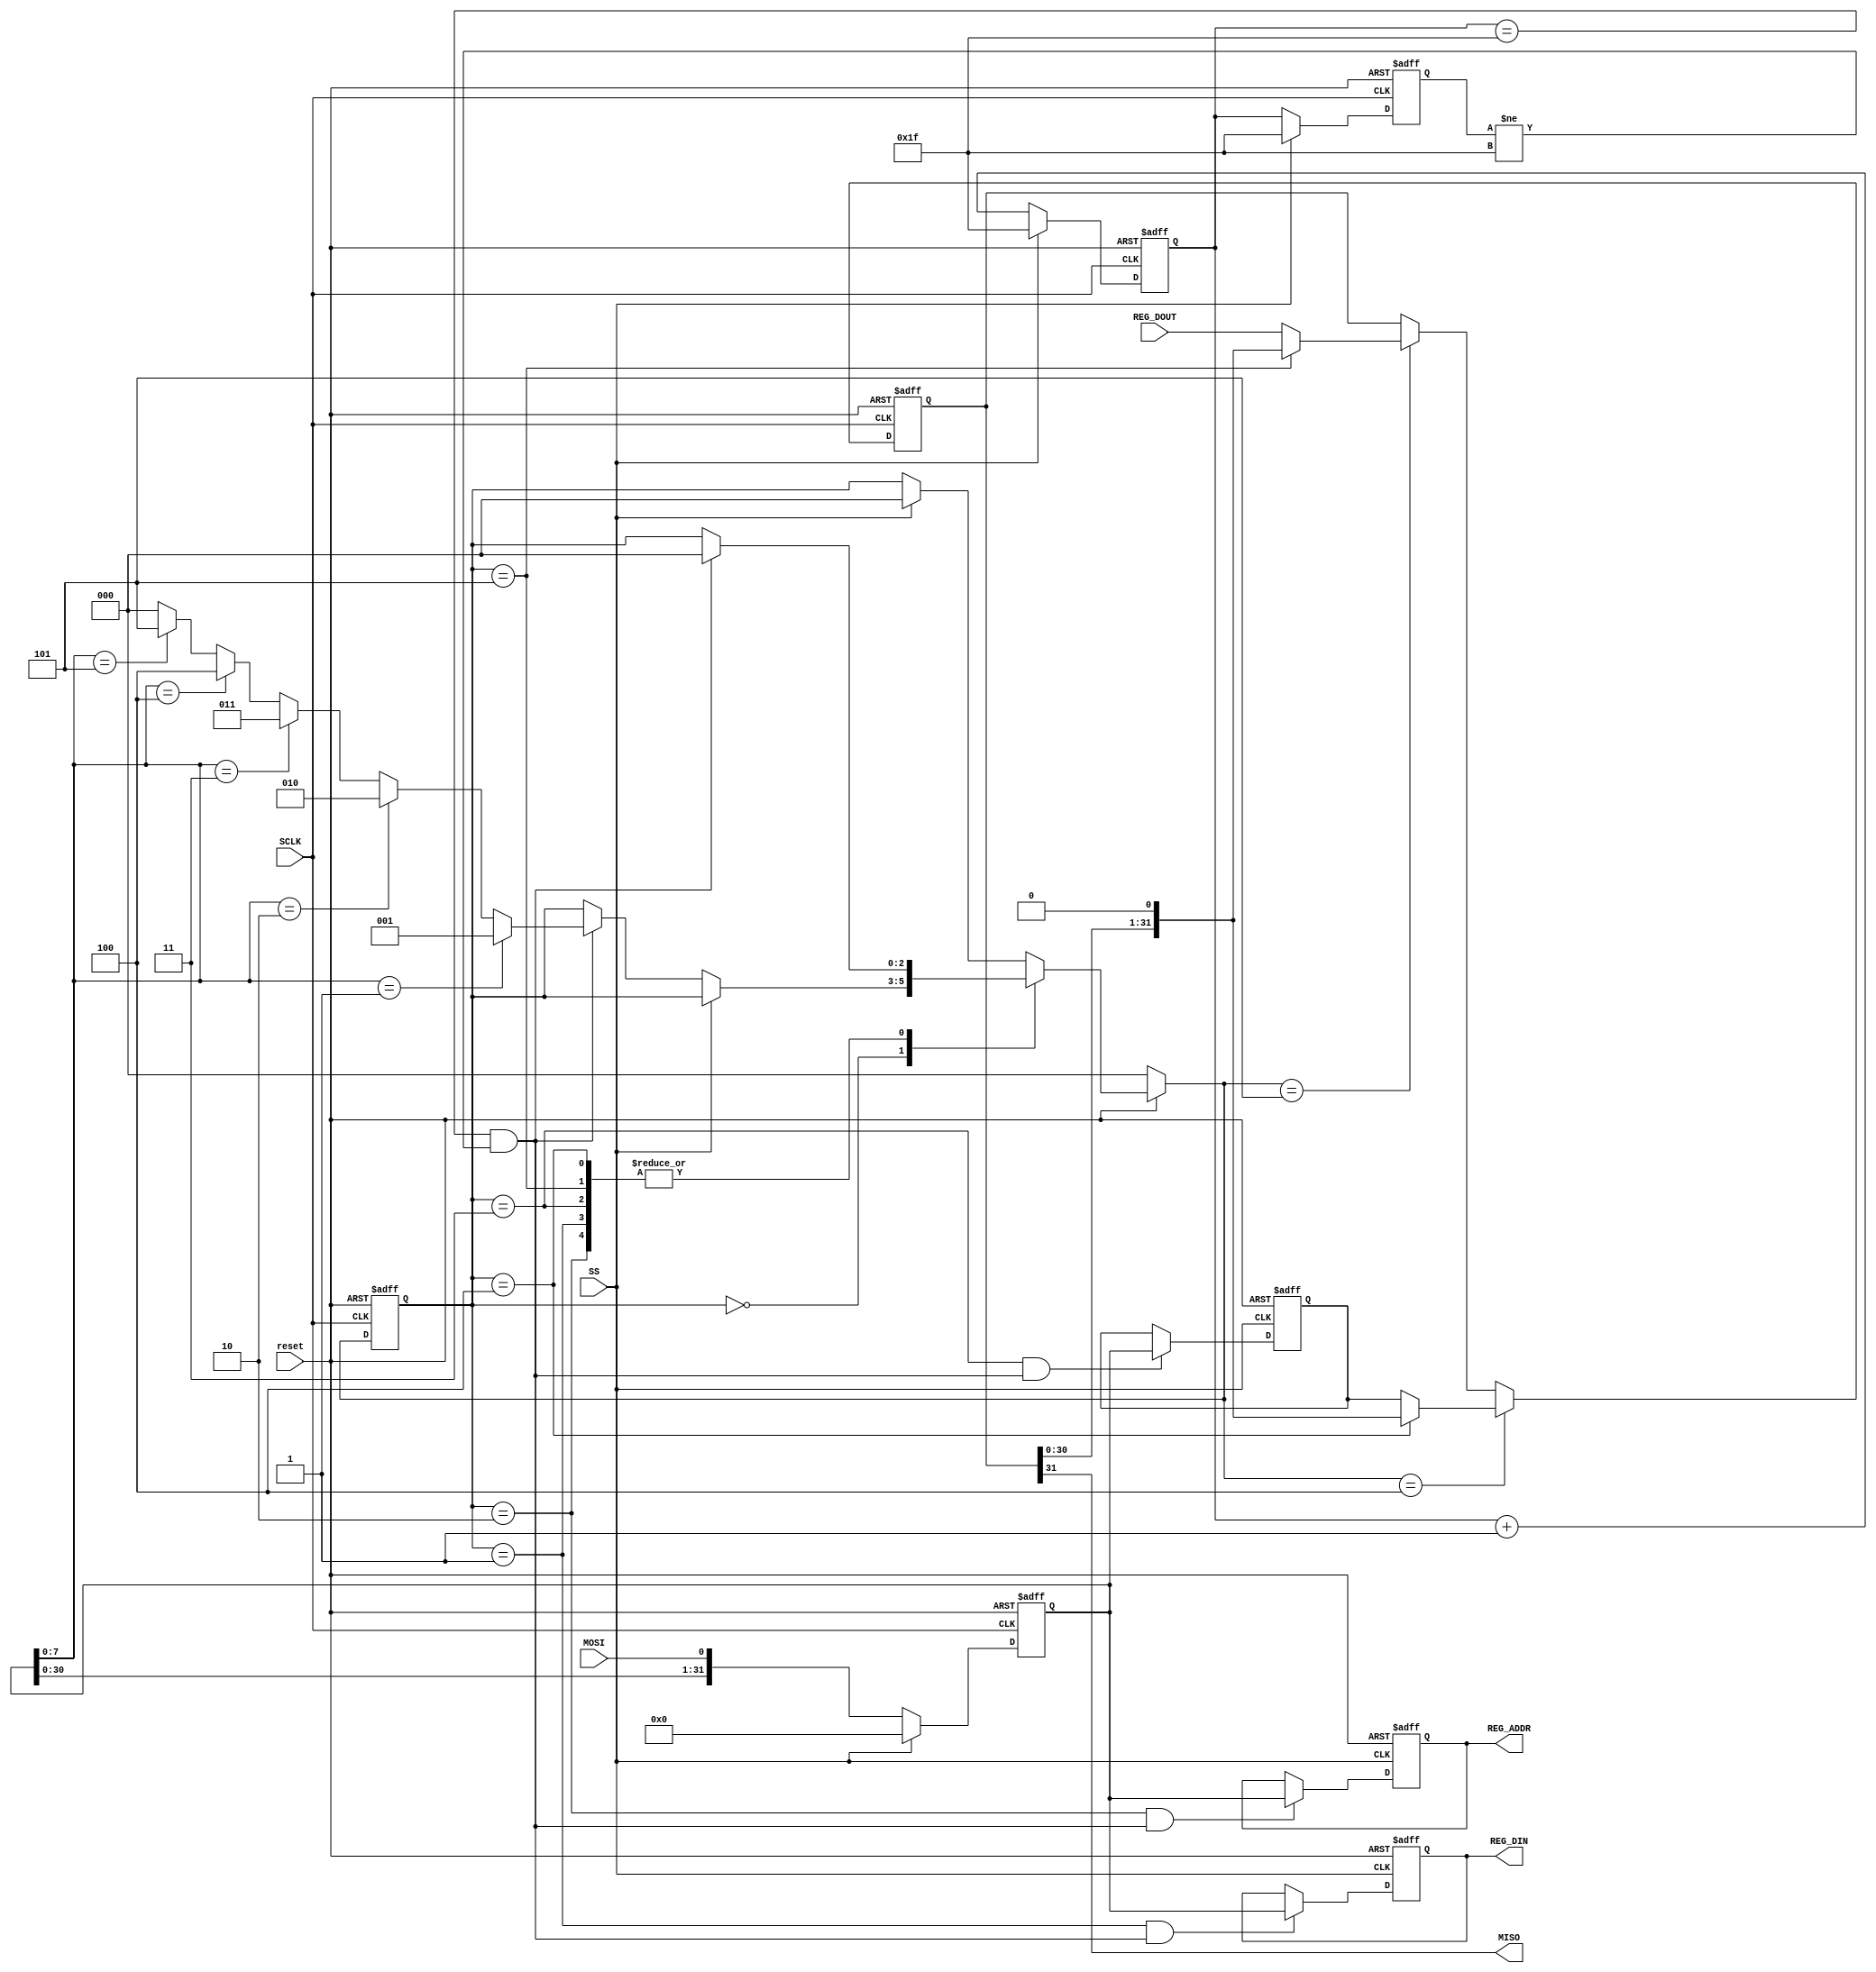
///////////////////////////////////////////////////////////////////////////////////////////
//  Revision 			: 1
//  Last Modified By	: 
//  First Author		: Sumanth Kamineni
//  Description 		: This code was based on http://fpga4fun.com/SPI2.html
///////////////////////////////////////////////////////////////////////////////////////////
 
module SPI_slave #(
	parameter DATA_WIDTH = 32
)
(
	//inputs from Pads
	input reset,
	input SS, 
	input SCLK,
	input MOSI,

	//outputs to Pads
	output MISO,
	
//SPI slave receiving data (data in)
  output reg [DATA_WIDTH-1:0] REG_DIN  , 
  output reg [DATA_WIDTH-1:0] REG_ADDR  , 
  
  
//SPI slave MISO inputs from other blocks
  input [DATA_WIDTH-1:0] REG_DOUT
);

reg [DATA_WIDTH-1:0] REG_MISC; 
reg [DATA_WIDTH-1:0] command; 
reg [DATA_WIDTH-1:0] data_out;
reg [4:0] rcv_bit_count, prev_rcv_bit_count;

wire first_edge = (rcv_bit_count == 5'b00000) && (prev_rcv_bit_count == 5'b11111);
wire byte_end   = (rcv_bit_count == 5'b11111) && (prev_rcv_bit_count != 5'b11111);

wire SSEL_active = ~SS;  //SSEL is active low
wire SSEL_endmessage = SS;  //message stops at rising edge

wire MOSI_data = MOSI;	//and for MOSI

//state machine variables
reg [2:0] state;
reg [2:0] nextstate;


//Control states
localparam RCV_CMD		= 8'b00000000;
//SPI slave receiving data (data in)
localparam RCV_DIN    = 8'b00000001;
localparam RCV_ADDR   = 8'b00000010;
localparam RCV_MISC   = 8'b00000011;
//SPI slave writting data (data out)
localparam WRT_MISC   = 8'b00000100;
localparam WRT_DOUT   = 8'b00000101;

always @ (*) begin
	nextstate = state;//default value
	if (~reset) begin
		nextstate = RCV_CMD;
	end 
	else begin
		case (state)
			RCV_CMD: begin
				if (SSEL_active) begin 
					if (byte_end) begin 
						if (command[7:0] == RCV_DIN)  
							nextstate = RCV_DIN;
						else if (command[7:0] == RCV_ADDR)  
							nextstate = RCV_ADDR; 
						else if (command[7:0] == RCV_MISC)  
							nextstate = RCV_MISC;
						else if (command[7:0] == WRT_MISC)  
							nextstate = WRT_MISC; 
						else if (command[7:0] == WRT_DOUT)  
							nextstate = WRT_DOUT; 
						else  
							nextstate = RCV_CMD; 
					end 
				end 
			end
			RCV_DIN: begin
				if (byte_end) begin 
					nextstate = RCV_CMD;
				end 
			end 
			RCV_ADDR: begin
				if (byte_end) begin 
					nextstate = RCV_CMD;
				end 
				
			end 			
			RCV_MISC: begin
				if (byte_end) begin 
					nextstate = RCV_CMD;
				end 
				
			end 
			WRT_MISC: begin
				if (byte_end) begin 
					nextstate = RCV_CMD;
				end 
				
			end 
			WRT_DOUT: begin
				if (byte_end) begin 
					nextstate = RCV_CMD;
				end 
				
			end
    default: begin
		if (SSEL_endmessage) begin 
			nextstate = RCV_CMD; 
		end 
    end

		endcase 
	end 
end

//state transition logic
always @ (posedge SCLK or negedge reset) begin
	if (~reset) begin
		state <= RCV_CMD;
	end
	else begin
		state <= nextstate;
	end
end

// Shift in data 
always @(posedge SCLK or negedge reset) begin 
	if (~reset) begin 
		command <= 32'h00000000;
		rcv_bit_count <= 5'b11111;
		prev_rcv_bit_count <= 5'b11111;
	end 
	else begin 
		prev_rcv_bit_count <= rcv_bit_count; 
		if (SSEL_active) begin 
			rcv_bit_count <= rcv_bit_count + 1'b1; 
			command <= {command [DATA_WIDTH-2:0], MOSI_data};
		end
		else begin
			rcv_bit_count <= 5'b11111;
			prev_rcv_bit_count <= 5'b11111;
			command <= 32'h00000000;
    		end	
	end
end	

assign MISO = data_out[DATA_WIDTH-1];
//Get done signal when read and write end (byte_end = 1)
always @(posedge SCLK or negedge reset) begin 
	if (~reset) begin 
   		data_out 	<= 0;
	end 
	else if (nextstate == WRT_MISC) begin
		if (state == WRT_MISC) begin
			data_out <= {data_out [DATA_WIDTH-2:0], 1'b0};
		end
		else begin	
			data_out <= REG_MISC;
		end
	end
	else if (nextstate == WRT_DOUT) begin
		if (state == WRT_DOUT) begin
			data_out <= {data_out [DATA_WIDTH-2:0], 1'b0};
		end
		else begin	
			data_out <= REG_DOUT;
		end
	end
end	
always @(posedge SSEL_endmessage or negedge reset) begin 
	if (~reset) begin
	   REG_DIN	   <= 32'h80800733;
	   REG_ADDR	   <= 32'h00000000;
	   REG_MISC        <= 32'h00000BBF;
	end 
	else begin 
		//SPI slave receiving 
		if (state == RCV_MISC && byte_end) begin 
			REG_MISC <= command;
		end
		if (state == RCV_DIN && byte_end) begin 
			REG_DIN <= command;
		end
		if (state == RCV_ADDR && byte_end) begin 
			REG_ADDR <= command;
		end
	end
end	
endmodule